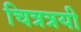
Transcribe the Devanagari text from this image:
चित्रत्रयी